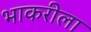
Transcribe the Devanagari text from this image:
भाकरीला